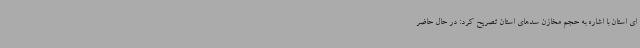
ای استان با اشاره به حجم مخازن سدهای استان تصریح کرد: در حال حاضر